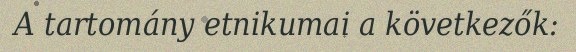
A tartomány etnikumai a következők: